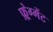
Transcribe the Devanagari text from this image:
फ़्रेग्मेंट